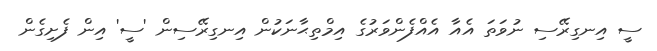
ސީ އިނގިރޭސި ނުވަތަ އެއާ އެއްފެންވަރުގެ އިމްތިޙާނަކުން އިނގިރޭސިން 'ސީ' އިން ފެށިގެން